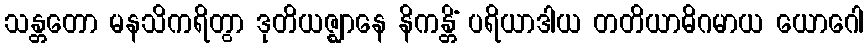
သန္တတော မနသိကရိတွာ ဒုတိယဇ္ဈာနေ နိကန္တိံ ပရိယာဒါယ တတိယာဓိဂမာယ ယောဂေါ